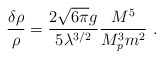
\begin{align*}\frac{\delta \rho}{\rho} = \frac{2\sqrt{6\pi}g}{5\lambda ^{3/2}}\frac{M^5}{M^3_p m^2} \ .\end{align*}